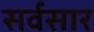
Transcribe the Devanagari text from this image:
सर्वसार